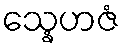
သ္နေဟဇံ